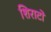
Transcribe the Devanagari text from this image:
शिराटो